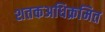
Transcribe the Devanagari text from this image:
शतकअधिक्रमित